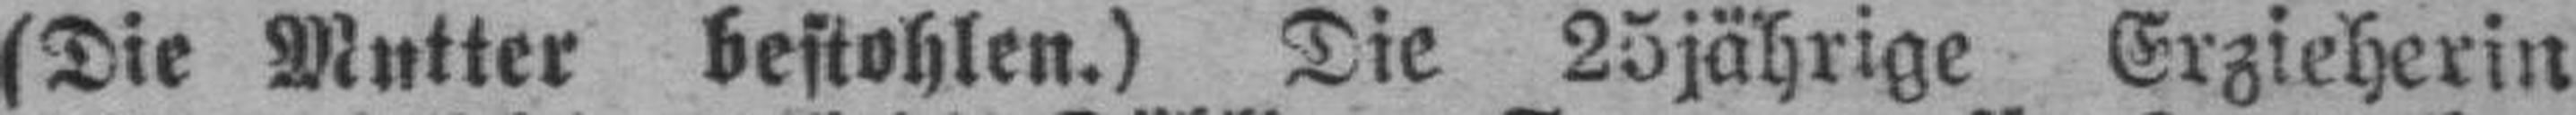
(Die Mutter bestohlen.) Tie 25jährige Erzieherin